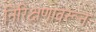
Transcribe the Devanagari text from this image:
निरिक्षणावरून